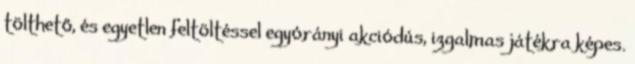
tölthető, és egyetlen feltöltéssel egyórányi akciódús, izgalmas játékra képes.